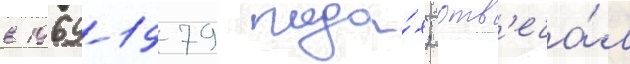
в 1969-1979 года́х; отв'еча́л